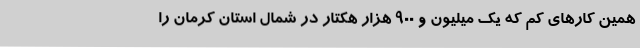
همین کارهای کم که یک میلیون و 900 هزار هکتار در شمال استان کرمان را